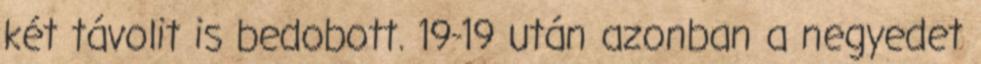
két távolit is bedobott. 19-19 után azonban a negyedet